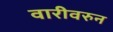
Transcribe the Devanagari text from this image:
वारीवरुन